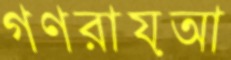
গণরায়আ